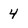
Character: 4